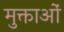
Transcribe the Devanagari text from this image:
मुक्ताओं